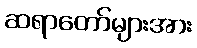
ဆရာတော်များအား